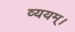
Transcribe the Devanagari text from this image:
व्ययम्।